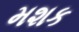
મશક